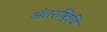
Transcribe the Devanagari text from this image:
अंतरष्ट्रियि